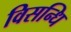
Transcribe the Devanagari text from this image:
विसन्धि